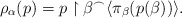
\begin{align*}\rho_\alpha(p)= p \restriction \beta ^{\frown} \langle \pi_\beta(p(\beta)) \rangle.\end{align*}